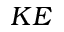
K E